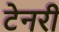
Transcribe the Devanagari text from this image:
टेनरी